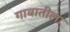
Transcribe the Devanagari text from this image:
गावातीला